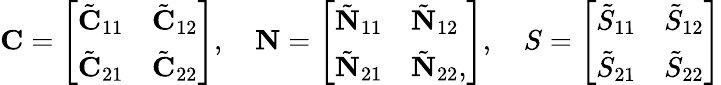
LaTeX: \begin{array}{r}{\mathbf{C}=\left[\begin{array}{ll}{\tilde{\mathbf{C}}_{11}}&{\tilde{\mathbf{C}}_{12}}\\ {\tilde{\mathbf{C}}_{21}}&{\tilde{\mathbf{C}}_{22}}\end{array}\right],\quad\mathbf{N}=\left[\begin{array}{ll}{\tilde{\mathbf{N}}_{11}}&{\tilde{\mathbf{N}}_{12}}\\ {\tilde{\mathbf{N}}_{21}}&{\tilde{\mathbf{N}}_{22},}\end{array}\right],\quad S=\left[\begin{array}{ll}{\tilde{S}_{11}}&{\tilde{S}_{12}}\\ {\tilde{S}_{21}}&{\tilde{S}_{22}}\end{array}\right]}\end{array}